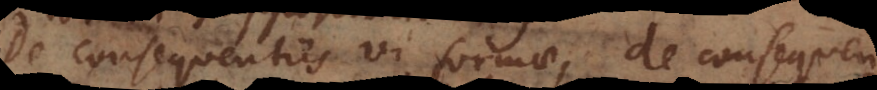
De consequentiis vi formae, de consequen